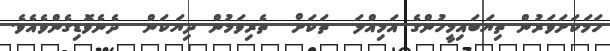
ހަމަކަށަވަރުން ތިޔަބައިމީހުންގެ އަމިއްލަ  ތަކަށް  ތެރިވަމުން ދިޔަކަން  ދެނެވޮޑިގެންވެއެވެ.